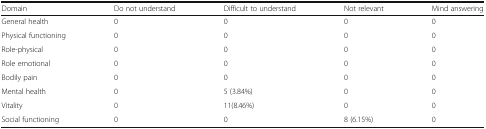
| Domain | Do not understand | Difficult to understand | Not relevant | Mind answering |
 | --- | --- | --- | --- | --- |
 | General health | 0 | 0 | 0 | 0 |
 | Physical functioning | 0 | 0 | 0 | 0 |
 | Role-physical | 0 | 0 | 0 | 0 |
 | Role emotional | 0 | 0 | 0 | 0 |
 | Bodily pain | 0 | 0 | 0 | 0 |
 | Mental health | 0 | 5 (3.84%) | 0 | 0 |
 | Vitality | 0 | 11(8.46%) | 0 | 0 |
 | Social functioning | 0 | 0 | 8 (6.15%) | 0 |